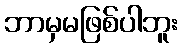
ဘာမှမဖြစ်ပါဘူး